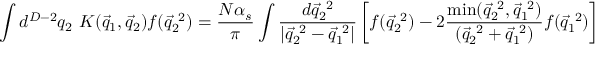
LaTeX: \int d ^ { D - 2 } q _ { 2 } \, \, { \cal K } ( \vec { q } _ { 1 } , \vec { q } _ { 2 } ) f ( \vec { q } _ { 2 } ^ { ~ 2 } ) = \frac { N \alpha _ { s } } { \pi } \int \frac { d { \vec { q } } _ { 2 } ^ { ~ 2 } } { | { \vec { q } } _ { 2 } ^ { ~ 2 } - { \vec { q } } _ { 1 } ^ { ~ 2 } | } \left[ f ( { \vec { q } } _ { 2 } ^ { ~ 2 } ) - 2 \frac { \operatorname * { m i n } ( \vec { q } _ { 2 } ^ { ~ 2 } , \vec { q } _ { 1 } ^ { ~ 2 } ) } { ( \vec { q } _ { 2 } ^ { ~ 2 } + \vec { q } _ { 1 } ^ { ~ 2 } ) } f ( { \vec { q } } _ { 1 } ^ { ~ 2 } ) \right] .